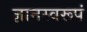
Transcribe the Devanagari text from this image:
ज्ञानस्वरूपं